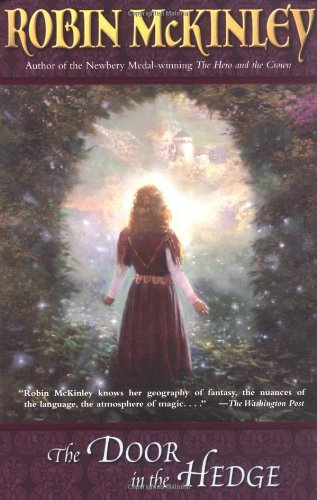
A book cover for The Door in the Hedge; Robin Mckinley; Teen & Young Adult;